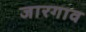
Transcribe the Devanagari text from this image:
जारगाव